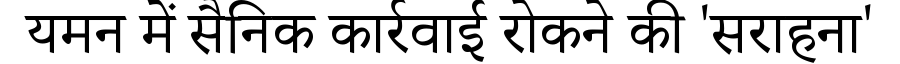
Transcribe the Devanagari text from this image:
यमन में सैनिक कार्रवाई रोकने की 'सराहना'